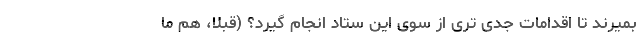
بمیرند تا اقدامات جدی تری از سوی این ستاد انجام گیرد؟ (قبلاً، هم ما